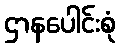
ဌာနပေါင်းစုံ